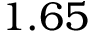
1 . 6 5